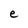
Character: e